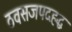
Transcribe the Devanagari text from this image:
ठवसजपदहद्ध